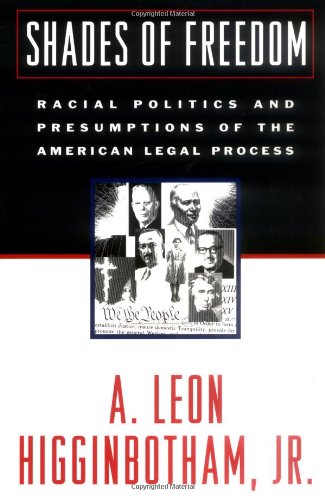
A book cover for Shades of Freedom: Racial Politics and Presumptions of the American Legal Process Race and the American Legal Process, Volume II; A. Leon Higginbotham; Law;